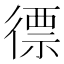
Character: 徱